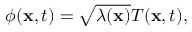
\begin{array} { r } { \phi ( \mathbf x , t ) = \sqrt { \lambda ( \mathbf x ) } T ( \mathbf x , t ) , } \end{array}